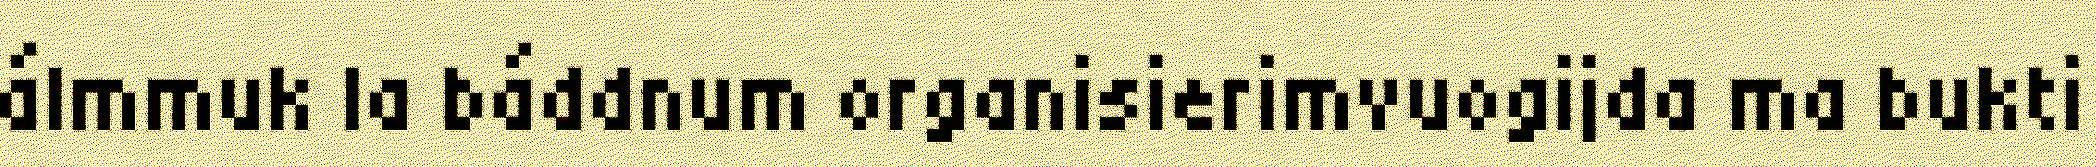
álmmuk la báddnum organisierimvuogijda ma bukti